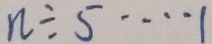
n \div 5 \cdots 1